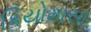
કિયોમાસા